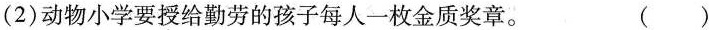
(2)动物小学要授给勤劳的孩子每人一枚金质奖章。()